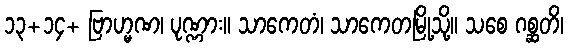
၁၃+၁၄+ ဗြာဟ္မဏ၊ ပုဏ္ဏား။ သာကေတံ၊ သာကေတမြို့သို့။ သစေ ဂစ္ဆတိ၊